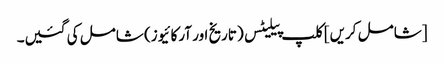
[شامل کریں] کلپ پیلیٹس (تاریخ اور آرکائیوز) شامل کی گئیں۔